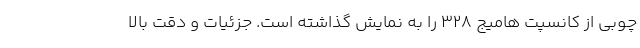
چوبی از کانسپت هامیج 328 را به نمایش گذاشته است. جزئیات و دقت بالا